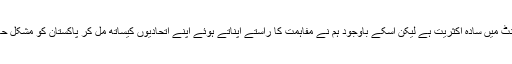
پیپلزپارٹی کی پارلیمنٹ میں سادہ اکثریت ہے لیکن اسکے باوجود ہم نے مفاہمت کا راستے اپناتے ہوئے اپنے اتحادیوں کیساتھ مل کر پاکستان کو مشکل حالات سے نکالا ہے ۔